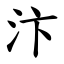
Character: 汴